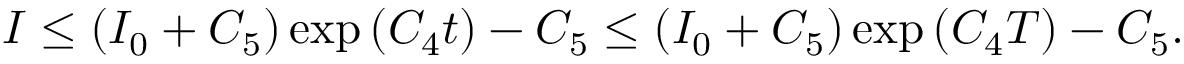
I \leq \left( I _ { 0 } + C _ { 5 } \right) \exp \left( C _ { 4 } t \right) - C _ { 5 } \leq \left( I _ { 0 } + C _ { 5 } \right) \exp \left( C _ { 4 } T \right) - C _ { 5 } .